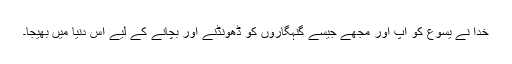
خُدا نے یسوع کو آپ اور مجھے جیسے گنہگاروں کو ڈھونڈنے اور بچانے کے لیے اِس دُنیا میں بھیجا۔